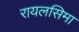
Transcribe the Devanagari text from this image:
रायलसिमा